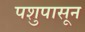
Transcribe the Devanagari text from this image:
पशुपासून